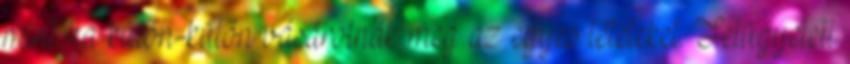
mint ha külön-külön vásárolnák meg az egyes tételeket. Felügyeleti